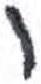
אות: ו